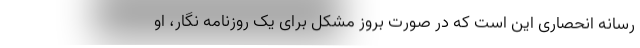
رسانه انحصاری این است که در صورت بروز مشکل برای یک روزنامه نگار، او